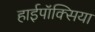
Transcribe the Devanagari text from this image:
हाईपॉक्सिया